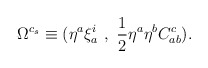
\begin{align*}\Omega^{c_s}\equiv (\eta^a\xi^i_a~,~{1\over 2}\eta^a\eta^bC_{ab}^c).\end{align*}